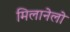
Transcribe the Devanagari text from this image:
मिलानेलो